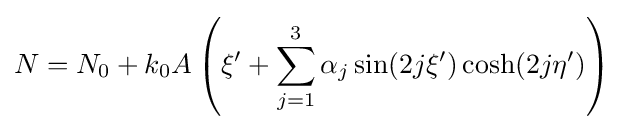
N=N_{0}+k_{0}A\left(\xi '+\sum _{j=1}^{3}\alpha _{j}\sin(2j\xi ')\cosh(2j\eta ')\right)